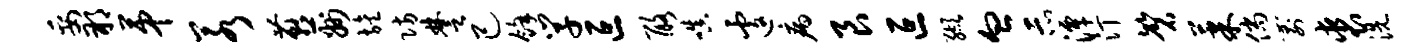
妥朔第若燕州旌防楚己余学叵酪嗔遽病艮叵缬血示潭汀磬果倘箭裘洗